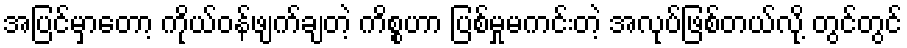
အပြင်မှာတော့ ကိုယ်ဝန်ဖျက်ချတဲ့ ကိစ္စဟာ ပြစ်မှုမကင်းတဲ့ အလုပ်ဖြစ်တယ်လို့ တွင်တွင်